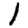
Digit: 1